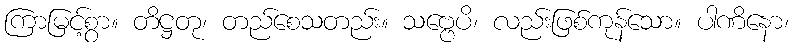
ကြာမြင့်စွာ။ တိဋ္ဌတု၊ တည်စေသတည်း။ သဗ္ဗေပိ၊ လည်းဖြစ်ကုန်သော။ ပါဏိနော၊